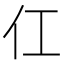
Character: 仜